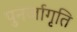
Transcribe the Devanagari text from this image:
पुनर्जागृति